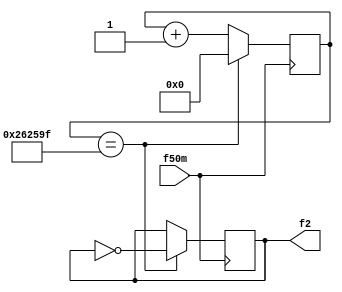
`timescale 1ns/100ps

module fdiv_ms(f50m, 
               f2    
               );




input     f50m;

output    f2;

reg       f2=0;
reg       [22:0]i=0;

always@(posedge f50m)
    begin
      if(i==2499999)
         begin
           i<=0;
           f2<=~f2;
         end
      else
         i<=i+1;
    end
            

endmodule